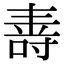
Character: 𭉠